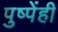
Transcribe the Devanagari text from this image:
पुष्पेंही